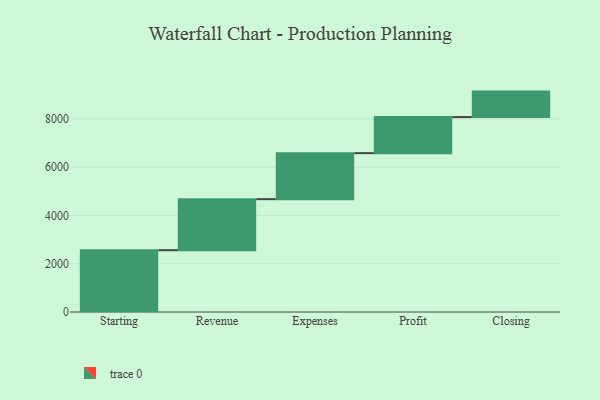
{"axis": {"x": "Step", "y": "Value"}, "legend": [""], "data": [{"x": "Starting", "y": 2563.0, "type": ""}, {"x": "Revenue", "y": 2115.0, "type": ""}, {"x": "Expenses", "y": 1907.0, "type": ""}, {"x": "Profit", "y": 1495.0, "type": ""}, {"x": "Closing", "y": 1056.0, "type": ""}]}